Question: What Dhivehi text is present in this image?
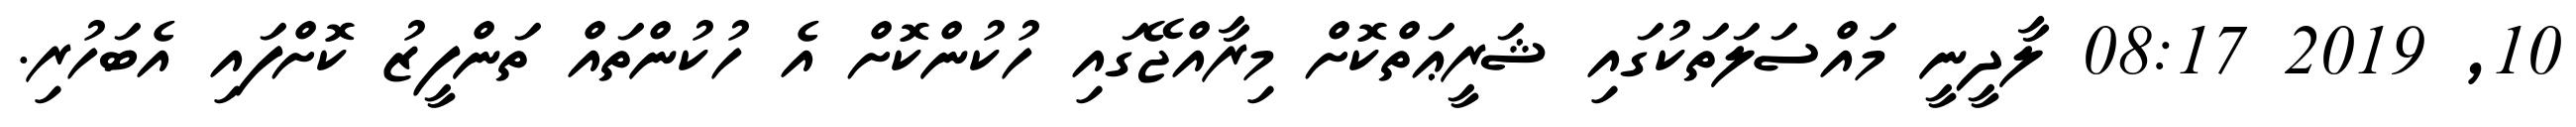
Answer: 10, 2019 08:17 ލާދީނީ މައްސަލަތަކުގައި ޝަރީޢަތްކޮށް މިރާއްޖޭގައި ހުކުންކޮށް އެ ހުކުންތައް ތަންފީޒު ކޮށްފައި އެބަހުރި.